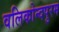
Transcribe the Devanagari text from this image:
वलिकोन्दपुरम